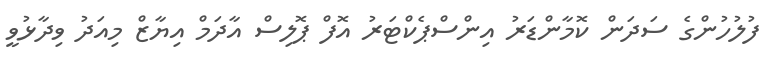
ފުލުހުންގެ ސަދަން ކޮމާންޑަރު އިންސްޕެކްޓަރު އޮފް ޕޮލިސް އާދަމް އިޔާޒް މިއަދު ވިދާޅުވީ